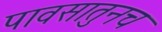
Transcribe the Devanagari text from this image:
पावसातुनच